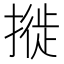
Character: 𢳜